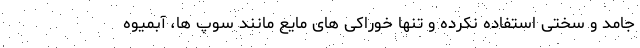
جامد و سختی استفاده نکرده و تنها خوراکی های مایع مانند سوپ ها، آبمیوه